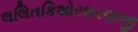
લલિતકિશોરશરણજી